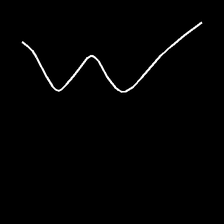
Glyph: crush